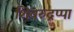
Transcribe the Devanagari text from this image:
शिवरुद्रप्पा